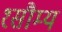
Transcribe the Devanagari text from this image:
१सौम्य